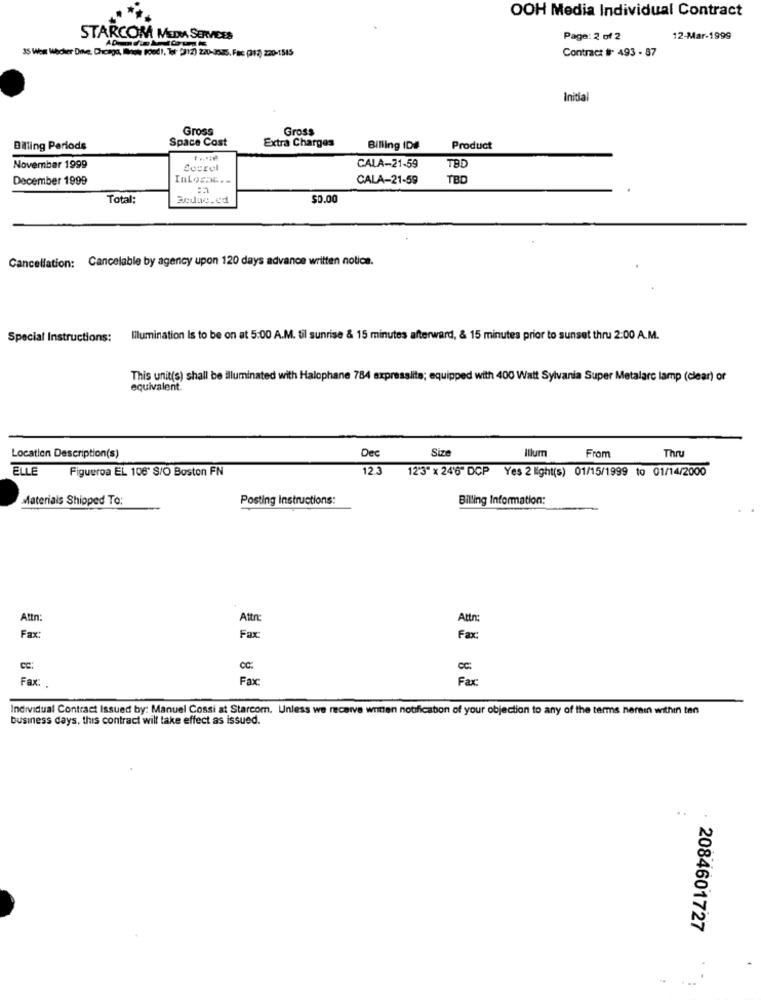
OOH Media Individual Contract
STARCOM MEDIA SERVICES
Page: 2 of 2
12-Mar-1999
35 Wew Wäscher Dive, Chicago, IlNow Food), Ter- (312) 220-3045. Fac (312) 220-1515
Contract #: 493 - 87
Initial
Gross
Gross
Space Cost
Extra Charges
Billing Periods
Billing ID#
Product
November 1999
CALA-21-59
TBD
December 1999
InLosac ..
CALA-21-59
TBD
Total:
Redac.ed
$0.00
Cancellation: Cancelable by agency upon 120 days advance written notice.
Special Instructions:
Illumination Is to be on at 5:00 A.M. til sunrise & 15 minutes afterward, & 15 minutes prior to sunset thru 2:00 A.M.
This unit(s) shall be illuminated with Halophane 784 expresslite; equipped with 400 Watt Sylvania Super Metalarc lamp (clear) or
equivalent
Size
Illum
From
Thru
Location Description(s)
Dec
ELLE
Figueroa EL 106' S/O Boston FN
12.3
12'3" x 246" DCP Yes 2 light(s) 01/15/1999 to 01/14/2000
Materiais Shipped To:
Posting Instructions:
Billing Information:
Attn:
Attn:
Attn
Fax:
Fax:
Fax:
CC:
Fax:
Fax:
Fax
Individual Contract Issued by: Manuel Cossi at Starcom. Unless we receive written notification of your objection to any of the terms nerein within ten
business days, this contract will take effect as issued.
2084601727